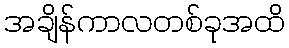
အချိန်ကာလတစ်ခုအထိ